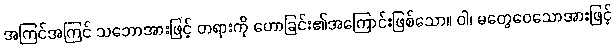
အကြင်အကြင် သဘောအားဖြင့် တရားကို ဟောခြင်း၏အကြောင်းဖြစ်သော။ ဝါ၊ မတွေဝေသောအားဖြင့်